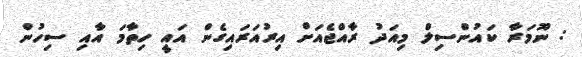
: ނޫމަރާ ކައުންސިލް މިއަދު ރާއްޖެއަށް އިރުއަރައިގެން އައީ ހިތާމަ އާއި ސިހުން